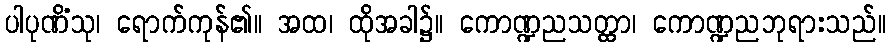
ပါပုဏိံသု၊ ရောက်ကုန်၏။ အထ၊ ထိုအခါ၌။ ကောဏ္ဍညသတ္ထာ၊ ကောဏ္ဍညဘုရားသည်။